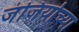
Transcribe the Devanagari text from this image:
जंजिर्याच्या